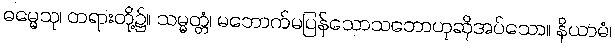
ဓမ္မေသု၊ တရားတို့၌။ သမ္မတ္တံ၊ မဘောက်မပြန်သောသဘောဟုဆိုအပ်သော။ နိယာမံ၊